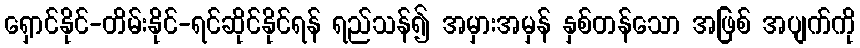
ရှောင်နိုင်-တိမ်းနိုင်-ရင်ဆိုင်နိုင်ရန် ရည်သန်၍ အမှားအမှန် နှစ်တန်သော အဖြစ် အပျက်ကို